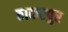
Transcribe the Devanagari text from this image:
ठाकरपुर